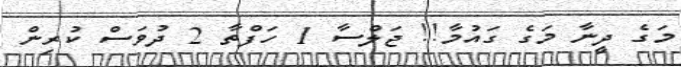
މަގެ ދީނާ މަގެ ގައުމާ!! ޖަލްސާ 1 ހަފްތާ 2 ދުވަސް ކުރިން